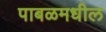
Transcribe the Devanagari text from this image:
पाबळमधील